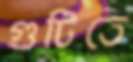
গুটিতে